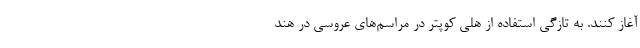
آغاز کنند. به تازگی استفاده از هلی کوپتر در مراسم‌های عروسی در هند